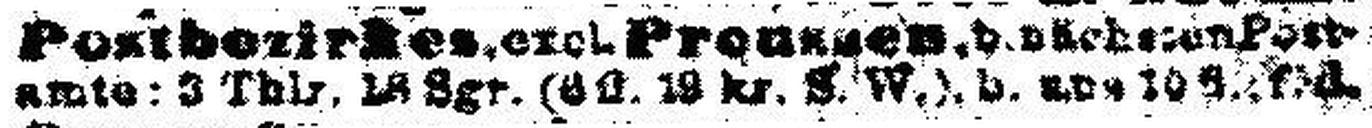
amte; 3 Thlr. 18 Sgr. (6 fl. 19 kr. 8. W.), b. uns 10 fl.; f.d.